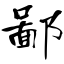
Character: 鄙